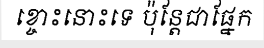
ខ្ចោះនោះទេ ប៉ុន្តែជាផ្នែក